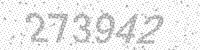
Solution: 273942